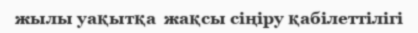
жылы уақытқа  жақсы сіңіру қабiлеттiлiгі